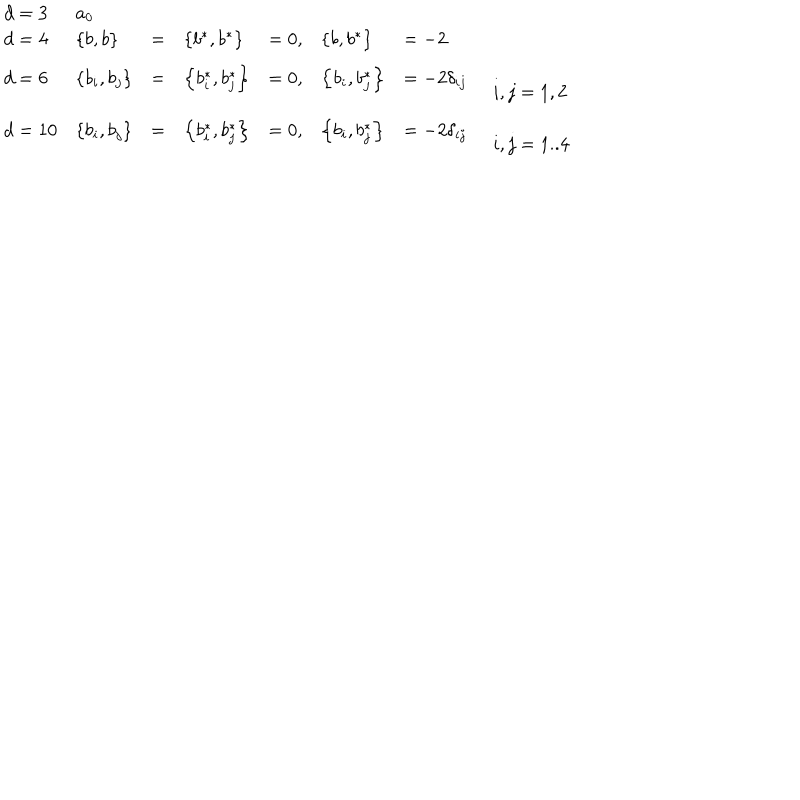
LaTeX: \begin{array} { l l l l l l l l } { { d = 3 } } & { { a _ { 0 } } } & { { } } & { { } } & { { } } & { { } } & { { } } & { { \begin{array} { l } \end{array} } } \\ { { d = 4 } } & { { \left\{ b , b \right\} } } & { { = } } & { { \left\{ b ^ { * } , b ^ { * } \right\} } } & { { = 0 , } } & { { \left\{ b , b ^ { * } \right\} } } & { { = - 2 } } & { { \begin{array} { l } \end{array} } } \\ { { d = 6 } } & { { \left\{ b _ { i } , b _ { j } \right\} } } & { { = } } & { { \left\{ b _ { i } ^ { * } , b _ { j } ^ { * } \right\} } } & { { = 0 , } } & { { \left\{ b _ { i } , b _ { j } ^ { * } \right\} } } & { { = - 2 \delta _ { i j } } } & { { \begin{array} { l } { { { \ i , j = 1 , 2 } } } \\ \end{array} } } \\ { { d = 1 0 } } & { { \left\{ b _ { i } , b _ { j } \right\} } } & { { = } } & { { \left\{ b _ { i } ^ { * } , b _ { j } ^ { * } \right\} } } & { { = 0 , } } & { { \left\{ b _ { i } , b _ { j } ^ { * } \right\} } } & { { = - 2 \delta _ { i j } } } & { { \begin{array} { l } { { { \ i , j = 1 . . 4 } } } \\ \end{array} } } \\ \end{array}